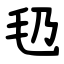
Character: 㲌